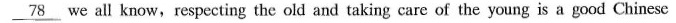
\underline{78} we all know, respecting the old and taking care of the young is a good Chinese